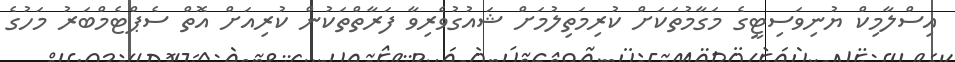
އިސްލާމިކް ޔުނިވަސިޓީގެ މަގާމުތަކަށް ކުރިމަތިލުމަށް ޝައުގުވެރިވާ ފަރާތްތަކުން ކުރިއަށް އޮތް ސެޕްޓެމްބަރު މަހުގެ